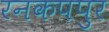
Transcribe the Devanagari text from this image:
रनकपपुर